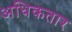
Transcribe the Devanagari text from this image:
अधिकतार